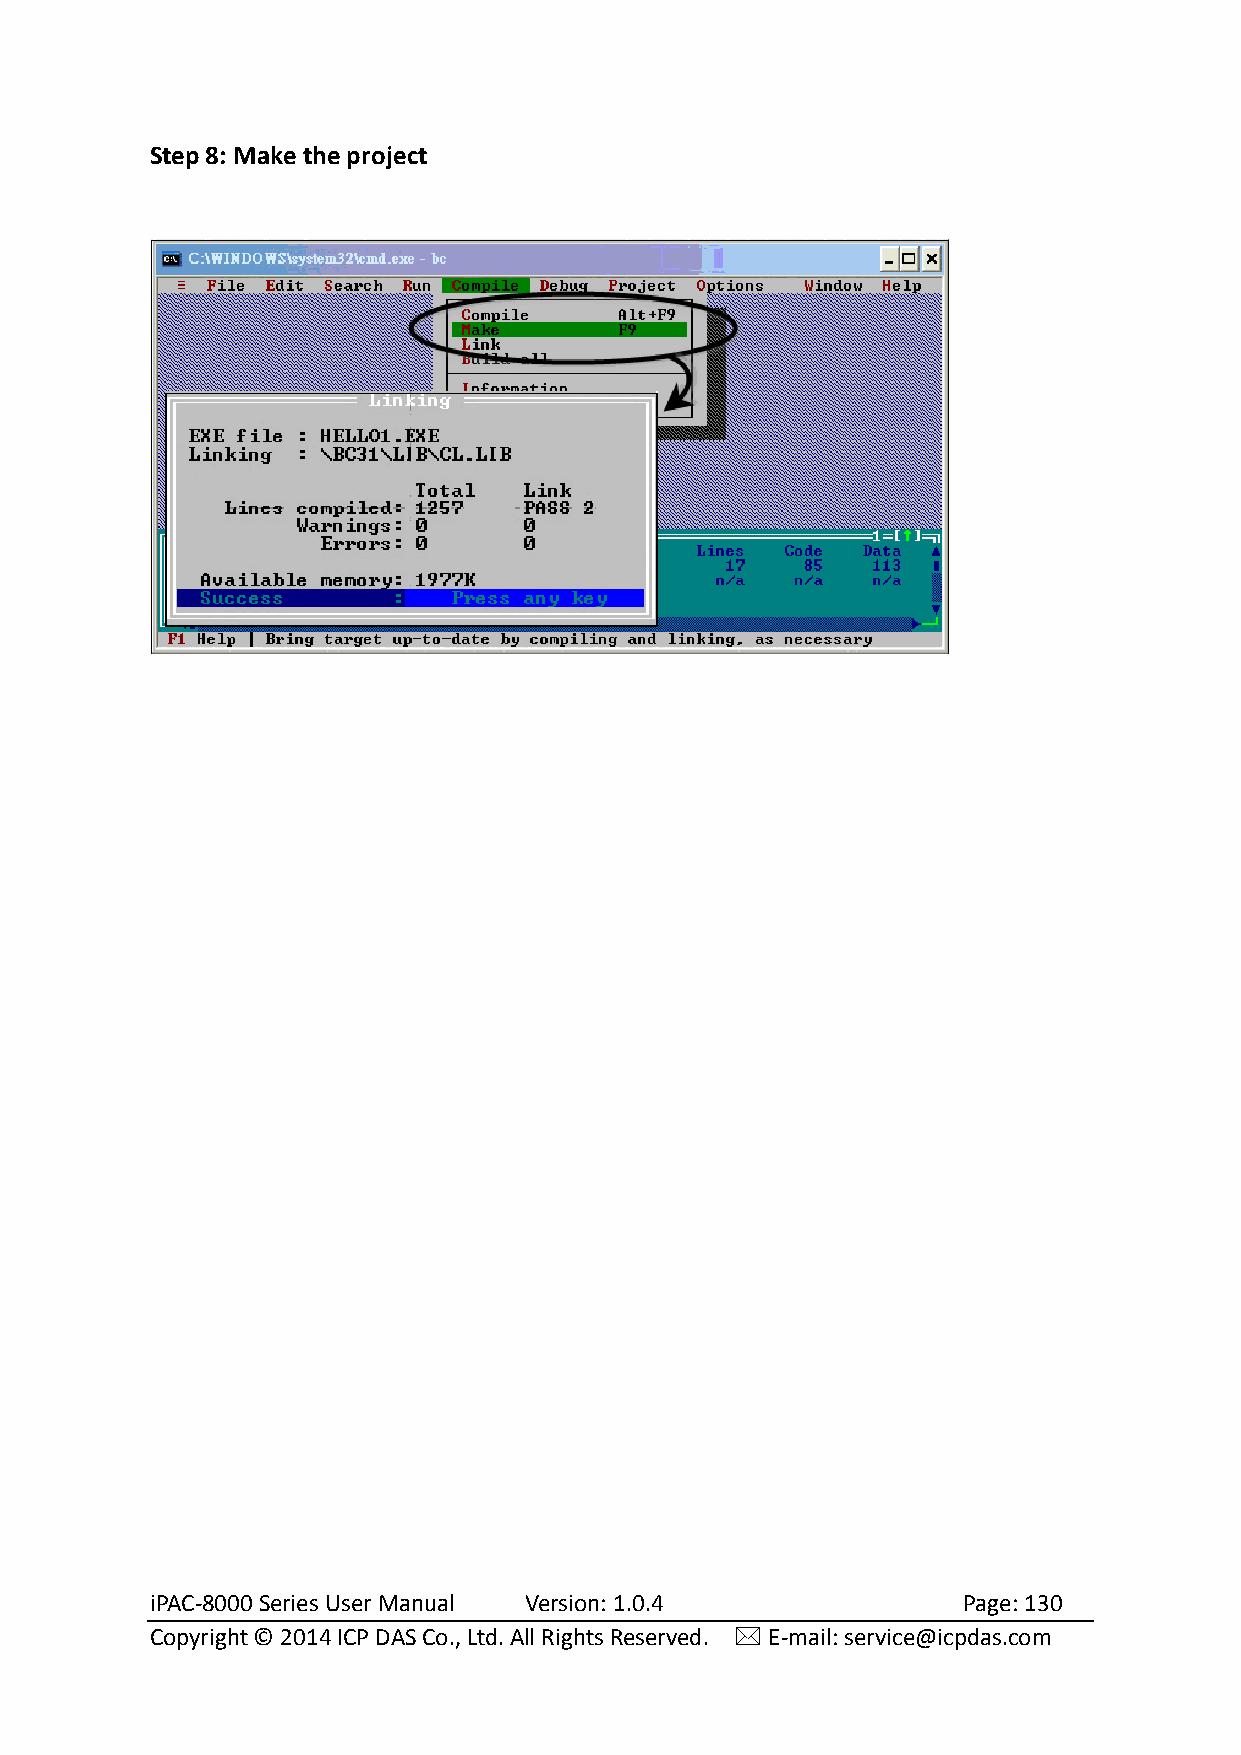
Step 8: Make the project
 iPAC-8000 Series User Manual Version: 1.0.4           Page: 130
 Copyright © 2014 ICP DAS Co., Ltd. All Rights Reserved.  E-mail: service@icpdas.com